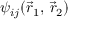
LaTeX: \psi _ { i j } ( { \vec { r } } _ { 1 } , \, { \vec { r } } _ { 2 } )